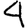
Digit: 4